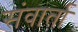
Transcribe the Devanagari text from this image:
संवार्ता